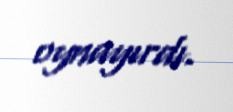
oynayırdı.